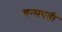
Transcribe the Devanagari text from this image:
वन्सपती